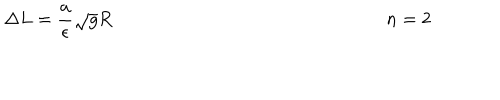
\Delta L = \frac { a } { \epsilon } \sqrt { g } R ~ ~ n = 2